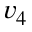
v _ { 4 }